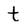
Character: t